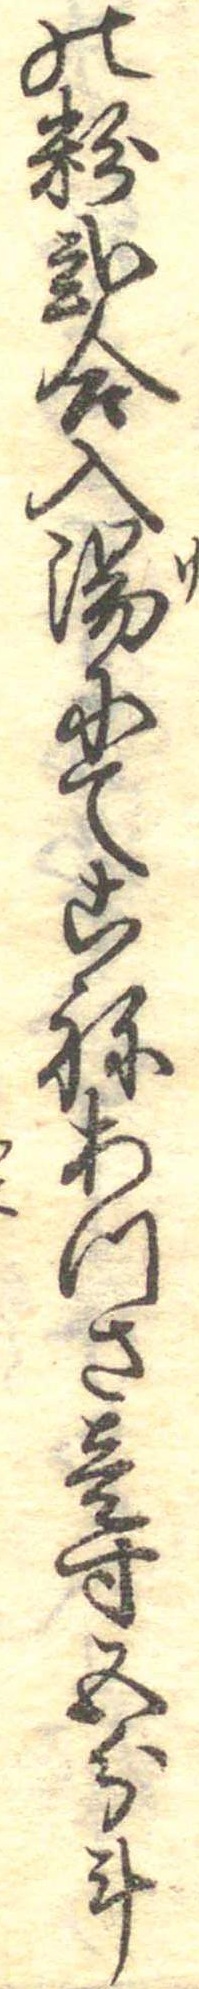
の粉弐合入湯にてこねあつさ壱寸五分斗